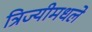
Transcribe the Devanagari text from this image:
त्रिज्यीमधले